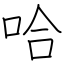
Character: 哈